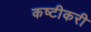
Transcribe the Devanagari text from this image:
कष्टीकरी